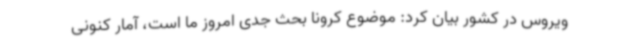
ویروس در کشور بیان کرد: موضوع کرونا بحث جدی امروز ما است، آمار کنونی